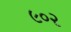
૯૦૨